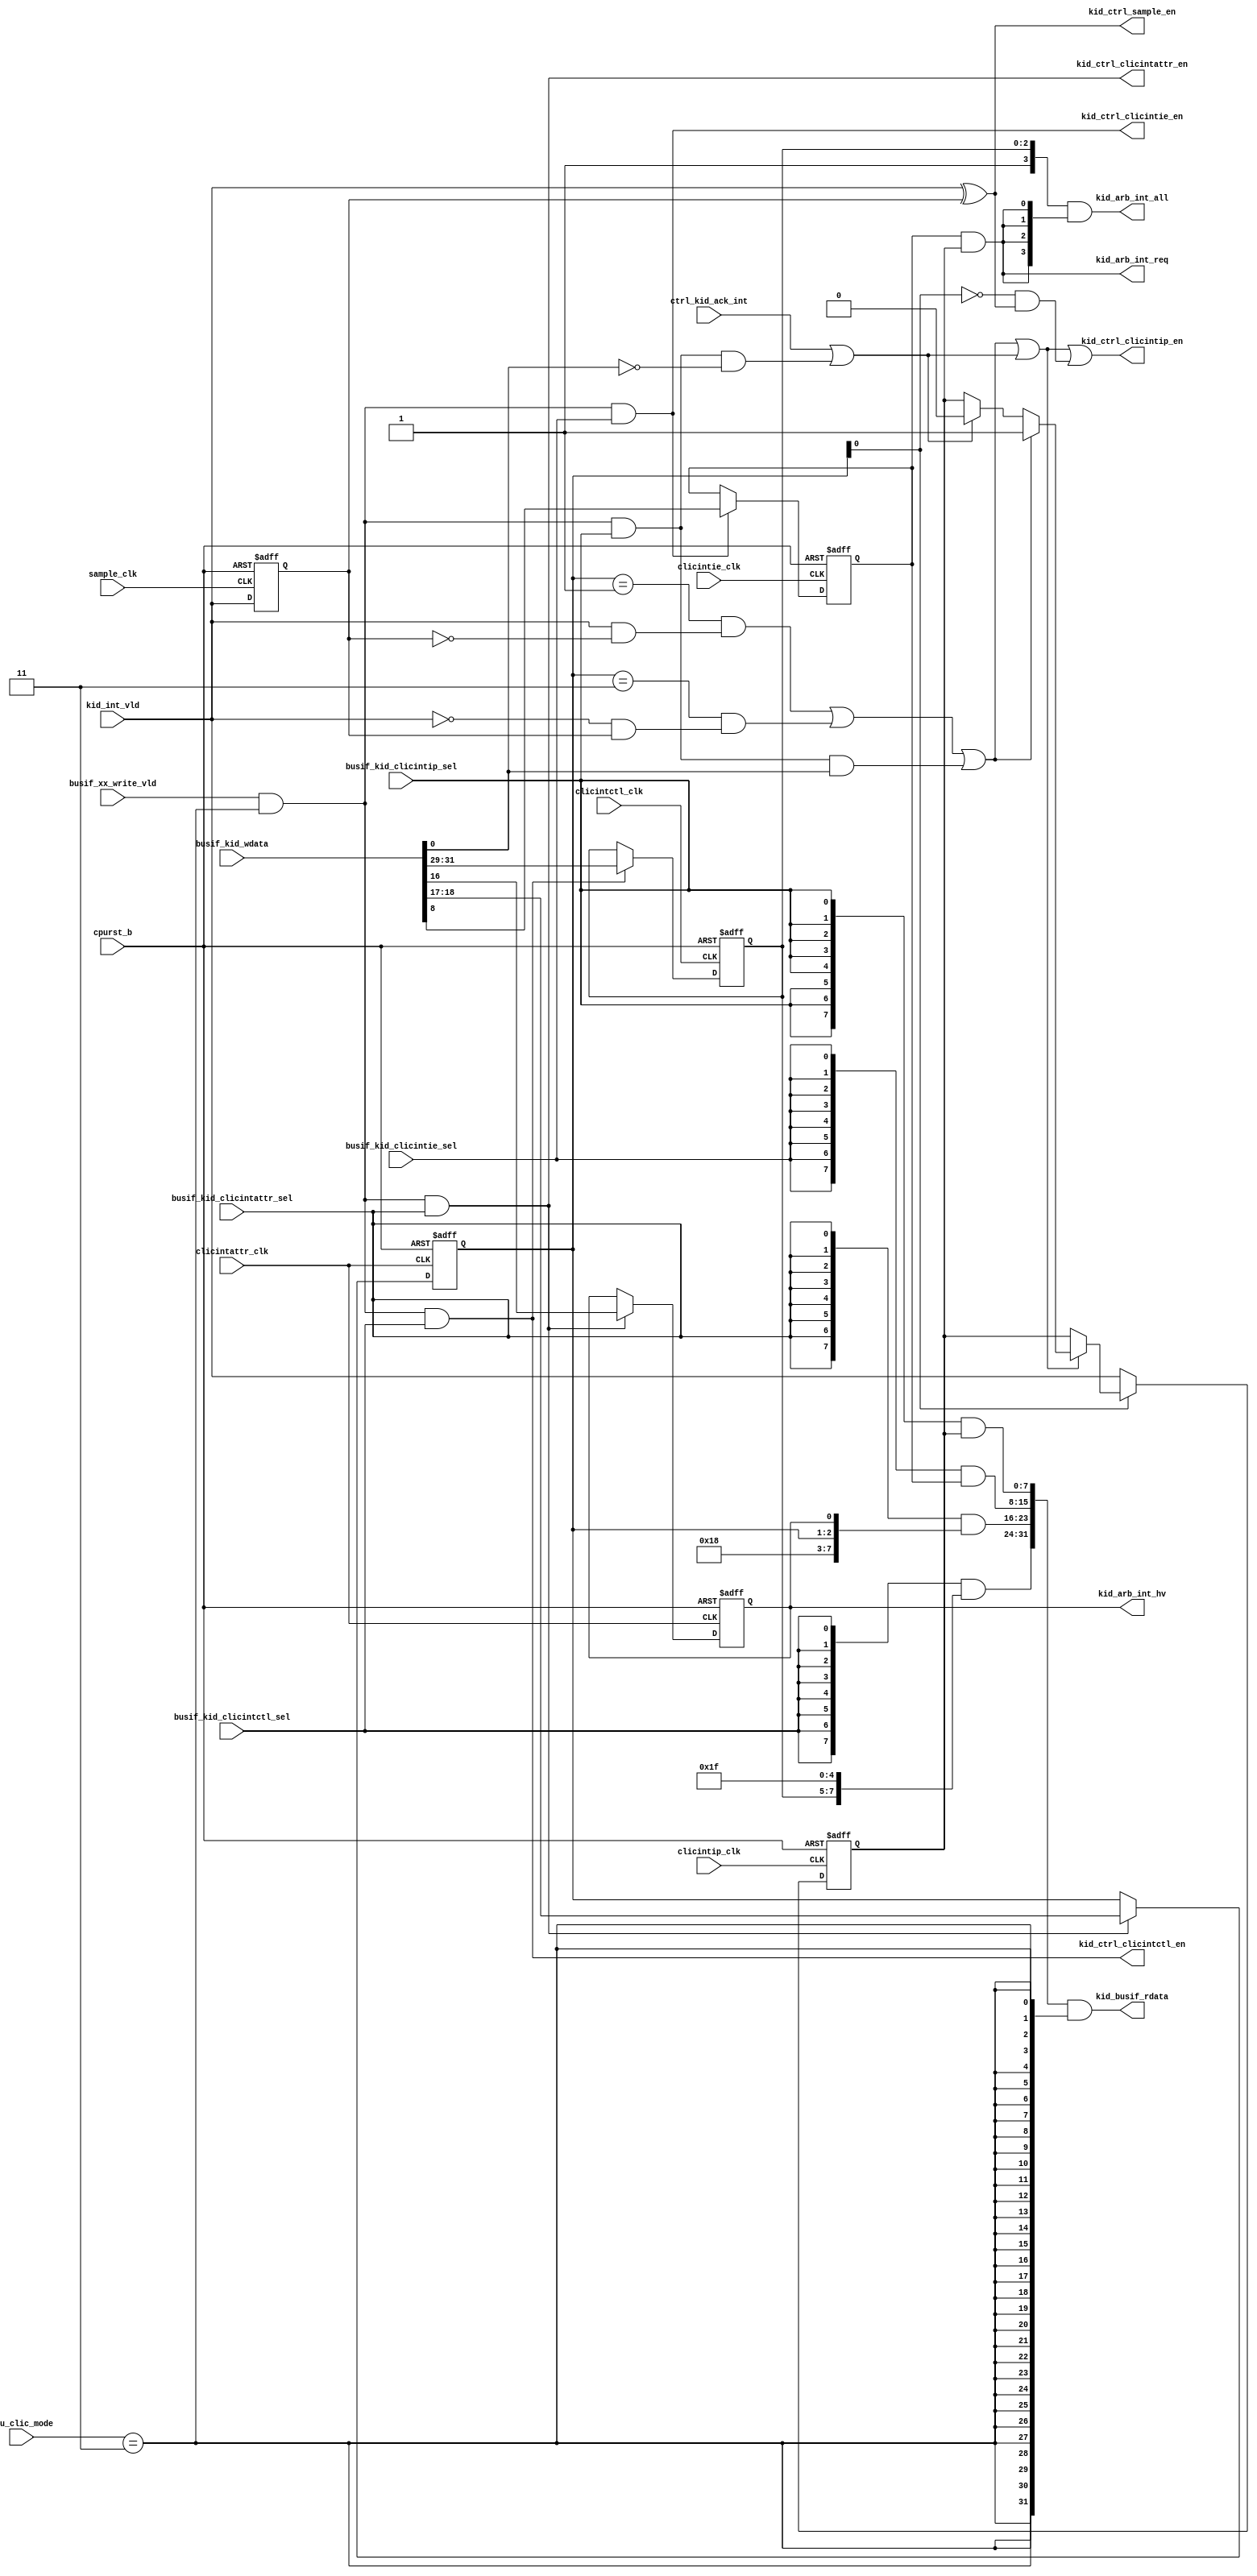
/*Copyright 2018-2021 T-Head Semiconductor Co., Ltd.

Licensed under the Apache License, Version 2.0 (the "License");
you may not use this file except in compliance with the License.
You may obtain a copy of the License at

    http://www.apache.org/licenses/LICENSE-2.0

Unless required by applicable law or agreed to in writing, software
distributed under the License is distributed on an "AS IS" BASIS,
WITHOUT WARRANTIES OR CONDITIONS OF ANY KIND, either express or implied.
See the License for the specific language governing permissions and
limitations under the License.
*/
module cr_clic_kid(
  busif_kid_clicintattr_sel,
  busif_kid_clicintctl_sel,
  busif_kid_clicintie_sel,
  busif_kid_clicintip_sel,
  busif_kid_wdata,
  busif_xx_write_vld,
  clicintattr_clk,
  clicintctl_clk,
  clicintie_clk,
  clicintip_clk,
  cpu_clic_mode,
  cpurst_b,
  ctrl_kid_ack_int,
  kid_arb_int_all,
  kid_arb_int_hv,
  kid_arb_int_req,
  kid_busif_rdata,
  kid_ctrl_clicintattr_en,
  kid_ctrl_clicintctl_en,
  kid_ctrl_clicintie_en,
  kid_ctrl_clicintip_en,
  kid_ctrl_sample_en,
  kid_int_vld,
  sample_clk
);

// &Ports; @23
input           busif_kid_clicintattr_sel; 
input           busif_kid_clicintctl_sel; 
input           busif_kid_clicintie_sel;  
input           busif_kid_clicintip_sel;  
input   [31:0]  busif_kid_wdata;          
input           busif_xx_write_vld;       
input           clicintattr_clk;          
input           clicintctl_clk;           
input           clicintie_clk;            
input           clicintip_clk;            
input   [1 :0]  cpu_clic_mode;            
input           cpurst_b;                 
input           ctrl_kid_ack_int;         
input           kid_int_vld;              
input           sample_clk;               
output  [3 :0]  kid_arb_int_all;          
output          kid_arb_int_hv;           
output          kid_arb_int_req;          
output  [31:0]  kid_busif_rdata;          
output          kid_ctrl_clicintattr_en;  
output          kid_ctrl_clicintctl_en;   
output          kid_ctrl_clicintie_en;    
output          kid_ctrl_clicintip_en;    
output          kid_ctrl_sample_en;       

// &Regs; @24
reg             clicintattr_shv;          
reg     [1 :0]  clicintattr_trig;         
reg             int_enable;               
reg             int_pending;              
reg             int_pending_updt_val;     
reg     [2 :0]  int_prio;                 
reg             int_vld_ff;               

// &Wires; @25
wire            busif_kid_clicintattr_sel; 
wire            busif_kid_clicintctl_sel; 
wire            busif_kid_clicintie_sel;  
wire            busif_kid_clicintip_sel;  
wire    [31:0]  busif_kid_wdata;          
wire            busif_xx_write_vld;       
wire            clicintattr_clk;          
wire    [1 :0]  clicintattr_mode;         
wire    [7 :0]  clicintattr_reg;          
wire    [7 :0]  clicintattr_updt_val;     
wire            clicintattr_updt_vld;     
wire            clicintctl_clk;           
wire    [7 :0]  clicintctl_reg;           
wire    [7 :0]  clicintctl_updt_val;      
wire            clicintctl_updt_vld;      
wire            clicintie_clk;            
wire    [7 :0]  clicintie_reg;            
wire            clicintie_updt_vld;       
wire            clicintip_clk;            
wire    [7 :0]  clicintip_reg;            
wire    [1 :0]  cpu_clic_mode;            
wire            cpurst_b;                 
wire            ctrl_kid_ack_int;         
wire            int_enable_updt_val;      
wire            int_level;                
wire            int_neg_pulse;            
wire            int_pending_clear;        
wire            int_pending_set;          
wire            int_pending_updt_val_raw; 
wire            int_pending_updt_vld;     
wire            int_pos_pulse;            
wire            int_pulse;                
wire            int_vld;                  
wire    [3 :0]  kid_arb_int_all;          
wire            kid_arb_int_hv;           
wire            kid_arb_int_req;          
wire    [31:0]  kid_busif_rdata;          
wire            kid_ctrl_clicintattr_en;  
wire            kid_ctrl_clicintctl_en;   
wire            kid_ctrl_clicintie_en;    
wire            kid_ctrl_clicintip_en;    
wire            kid_ctrl_sample_en;       
wire            kid_int_mode;             
wire            kid_int_vld;              
wire            kid_mode_vld;             
wire            kid_write_vld;            
wire            sample_clk;               
wire            sw_clear_pending;         
wire            sw_set_pending;           


parameter CLICINTCTLBITS = 3;

parameter INT_MODE_U     = 1'b0;
parameter INT_MODE_M     = 1'b1;
parameter CPU_MODE_U     = 2'b00;
parameter CPU_MODE_M     = 2'b11;

//==========================================================
//                    Rename Input
//==========================================================
assign int_pending_updt_val_raw  = busif_kid_wdata[0];
assign int_enable_updt_val       = busif_kid_wdata[8];
assign clicintattr_updt_val[7:0] = busif_kid_wdata[23:16];
assign clicintctl_updt_val[7:0]  = busif_kid_wdata[31:24];

assign int_vld = kid_int_vld;


//==========================================================
//                    kid mode Vld
//==========================================================
// if cpu mode is M, all is vld.
// if cpu mode is U, only U mode int is vld.
assign kid_mode_vld = cpu_clic_mode[1:0] == CPU_MODE_M
                   || cpu_clic_mode[1:0] == CPU_MODE_U && kid_int_mode == INT_MODE_U;

//==========================================================
//                     Write Vld
//==========================================================
assign kid_write_vld  = busif_xx_write_vld && kid_mode_vld;
assign sw_set_pending       = kid_write_vld && busif_kid_clicintip_sel && int_pending_updt_val_raw;
assign sw_clear_pending     = kid_write_vld && busif_kid_clicintip_sel && !int_pending_updt_val_raw;
assign clicintie_updt_vld   = kid_write_vld && busif_kid_clicintie_sel;
assign clicintattr_updt_vld = kid_write_vld && busif_kid_clicintattr_sel;
assign clicintctl_updt_vld  = kid_write_vld && busif_kid_clicintctl_sel;

//------------------------------------------------
//                  Interrupt Sample
//------------------------------------------------
assign kid_ctrl_sample_en = int_vld ^ int_vld_ff;

always@(posedge sample_clk or negedge cpurst_b)
begin
  if(!cpurst_b)
    int_vld_ff <= 1'b0;
  else
    int_vld_ff <= int_vld;
end

assign int_level = int_vld;
assign int_pos_pulse = int_vld && !int_vld_ff;
assign int_neg_pulse = !int_vld && int_vld_ff;

//===========================================================
//     interrupt control/status register
//===========================================================

//------------------------------------------------
//  security bit
//------------------------------------------------
// assign op_en = 1'b1;
// // &Force("input","ctl_xx_prot_sec"); @106
// // &Force("input","int_sec_updt_val"); @107

//==========================================================
//                       CLICINTIP
//==========================================================
assign int_pulse = clicintattr_trig[1:0] == 2'b01 && int_pos_pulse
                || clicintattr_trig[1:0] == 2'b11 && int_neg_pulse;

assign int_pending_set   = int_pulse || sw_set_pending;
assign int_pending_clear = ctrl_kid_ack_int || sw_clear_pending;

assign int_pending_updt_vld = int_pending_set || int_pending_clear;

// assign kid_ctrl_clicintip_en = !int_pending & int_pending_set ||
//                                 int_pending & int_pending_clear & !int_pending_set;
assign kid_ctrl_clicintip_en = int_pending_updt_vld
                            || !clicintattr_trig[0] && (int_vld_ff ^ int_vld);


// &CombBeg; @127
always @( int_pending_clear
       or int_pending
       or int_pending_set)
begin
if (int_pending_set)
  int_pending_updt_val = 1'b1;
else if (int_pending_clear)
  int_pending_updt_val = 1'b0;
else
  int_pending_updt_val = int_pending;
// &CombEnd; @134
end

always@(posedge clicintip_clk or negedge cpurst_b)
begin
  if (!cpurst_b)
    int_pending <= 1'b0;
  else if (!clicintattr_trig[0])
    int_pending <= int_level;
  else if (int_pending_updt_vld)
    int_pending <= int_pending_updt_val;
  else
    int_pending <= int_pending;
end
assign clicintip_reg[7:0] = {7'b0, int_pending};
//==========================================================
//                       CLICINTIE
//==========================================================
// assign int_enable_updt_vld = op_en && clicintie_updt_vld;
assign kid_ctrl_clicintie_en = clicintie_updt_vld;

always@(posedge clicintie_clk or negedge cpurst_b)
begin
  if(!cpurst_b)
    int_enable <= 1'b0;
  else if(clicintie_updt_vld)
    int_enable <= int_enable_updt_val;
  else
    int_enable <= int_enable;
end
assign clicintie_reg[7:0] = {7'b0, int_enable};
//==========================================================
//                      CLICINTATTR
//==========================================================
assign kid_ctrl_clicintattr_en = clicintattr_updt_vld;

always @ (posedge clicintattr_clk or negedge cpurst_b)
begin
  if (!cpurst_b) begin
    clicintattr_trig[1:0] <= 2'b0;
    clicintattr_shv       <= 1'b0;
  end
  else if (clicintattr_updt_vld) begin
    clicintattr_trig[1:0] <= clicintattr_updt_val[2:1];
    clicintattr_shv       <= clicintattr_updt_val[0];
  end
  else begin
    clicintattr_trig[1:0] <= clicintattr_trig[1:0];
    clicintattr_shv       <= clicintattr_shv;
  end
end
assign clicintattr_mode[1:0] = 2'b11;
assign kid_int_mode = 1'b1;

assign clicintattr_reg[7:0] = {clicintattr_mode[1:0],
                               3'b0,
                               clicintattr_trig[1:0],
                               clicintattr_shv};


//==========================================================
//                      CLICINTCTL
//==========================================================
assign kid_ctrl_clicintctl_en = clicintctl_updt_vld;

always@(posedge clicintctl_clk or negedge cpurst_b)
begin
  if(!cpurst_b)
    int_prio[CLICINTCTLBITS-1:0] <= {CLICINTCTLBITS{1'b0}};
  else if(clicintctl_updt_vld)
    int_prio[CLICINTCTLBITS-1:0] <= clicintctl_updt_val[7:8-CLICINTCTLBITS];
end

assign clicintctl_reg[7:0] = {int_prio[CLICINTCTLBITS-1:0],
                              {(8-CLICINTCTLBITS){1'b1}}};


//==========================================================
//                       Read Data
//==========================================================
assign kid_busif_rdata[31:0] = {({8{busif_kid_clicintctl_sel}}  & clicintctl_reg[7:0]),
                                ({8{busif_kid_clicintattr_sel}} & clicintattr_reg[7:0]),
                                ({8{busif_kid_clicintie_sel}}   & clicintie_reg[7:0]),
                                ({8{busif_kid_clicintip_sel}}   & clicintip_reg[7:0])}
                             & {32{kid_mode_vld}};


//==========================================================
//     OUTPUT
//==========================================================
// TO arbiter
//------------------------------------------------

assign kid_arb_int_req       = int_enable & int_pending;
// &Force("output", "kid_arb_int_req"); @227
assign kid_arb_int_hv        = clicintattr_shv;
// int_all has three field:
//   [CLICINTCTLBITS]: mode
//   [CLICINTCTLBITS-1: CLICINTCTLBITS-1-nlbits]: int level
//   [CLICINTCTLBITS-2-nlbits]: prio level
assign kid_arb_int_all[CLICINTCTLBITS:0] = {kid_int_mode,
                                           int_prio[CLICINTCTLBITS-1:0]}
                                        & {(CLICINTCTLBITS+1){kid_arb_int_req}};
// assign kid_arb_int_sec    = 1'b0;



// &ModuleEnd; @244
endmodule